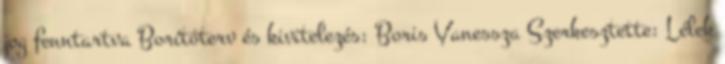
jog fenntartva Borítóterv és kivitelezés: Boris Vanessza Szerkesztette: Lélek